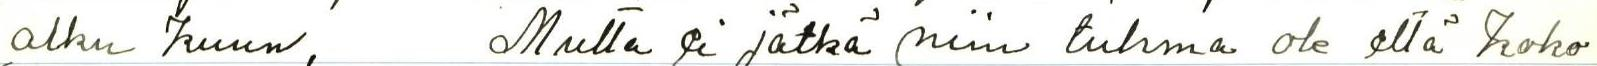
alku kuun, Mutta ei jätkä niin tuhma ole että koko